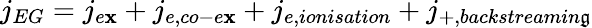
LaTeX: j_{EG}=j_{e\mathbf{x}}+j_{e,co-e\mathbf{x}}+j_{e,ionisation}+j_{+,backstreamin\mathfrak{g}}